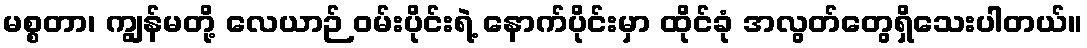
မစ္စတာ၊ ကျွန်မတို့ လေယာဉ် ဝမ်းပိုင်းရဲ့ နောက်ပိုင်းမှာ ထိုင်ခုံ အလွတ်တွေရှိသေးပါတယ်။